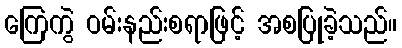
ကြေကွဲ ဝမ်းနည်းစရာဖြင့် အစပြုခဲ့သည်။